Tartu_pedagoogiumi_aruanded, lk 6
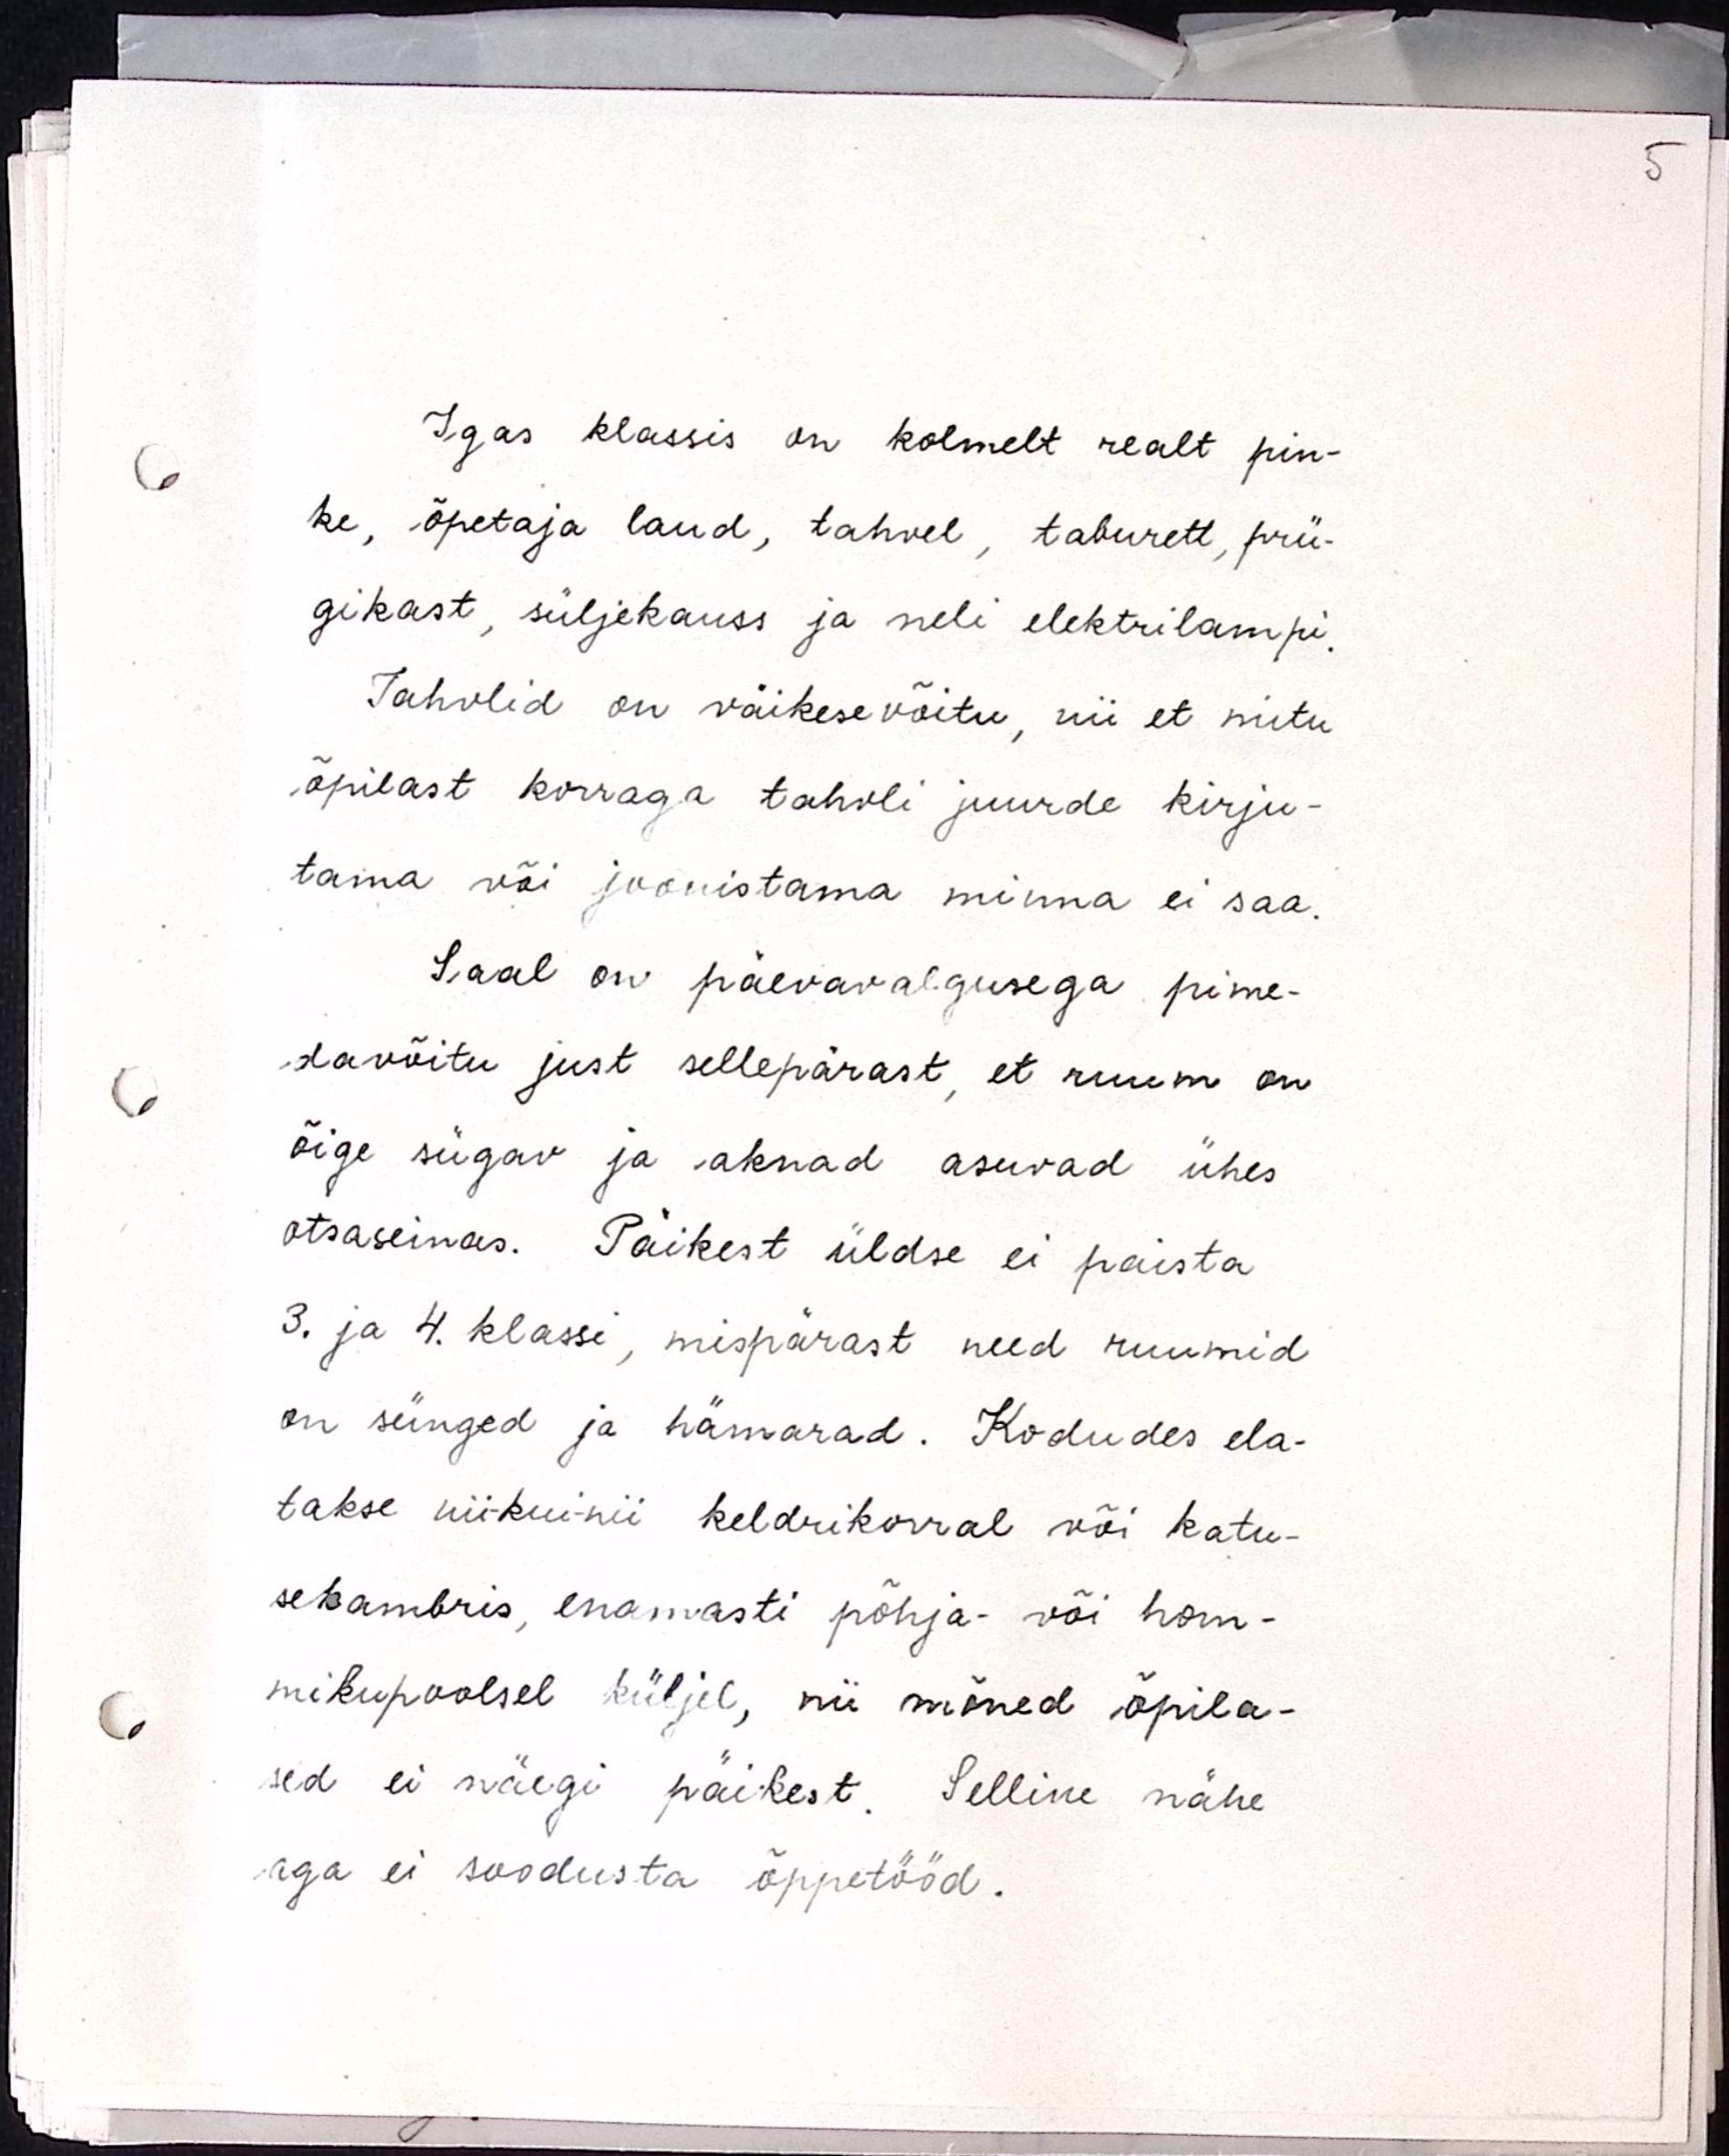
Igas klassis on kolmelt realt pin-
ke, õpetaja laud, tahvel, taburett, prü-
gikast, süljekauss ja neli elektrilampi.
Tahvlid on väikesevõitu, nii et mitu
õpilast korraga tahvli juurde kirju-
tama või joonistama minna ei saa.
Saal on päevavalgusega pime-
davõitu just sellepärast, et ruum on
õige sügav ja aknad asuvad ühes
otsaseinas. Päikest üldse ei paista
3. ja 4. klassi, mispärast need ruumid
on sünged ja hämarad. Kodudes ela-
takse nii-kui-nii keldrikorral või katu-
sekambris, enamasti põhja- või hom-
mikupoolsel küljel, nii mõned õpila-
sed ei näegi päikest. Selline nähe
aga ei soodusta õppetööd.